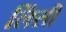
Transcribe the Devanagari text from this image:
लिंसी